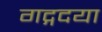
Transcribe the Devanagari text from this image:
गद्गदया